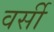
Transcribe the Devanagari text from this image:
वर्सी